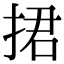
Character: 捃